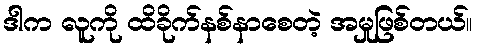
ဒါက လူကို ထိခိုက်နစ်နာစေတဲ့ အမှုဖြစ်တယ်။